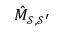
\hat { M } _ { \mathcal { S } , \mathcal { S } ^ { \prime } }